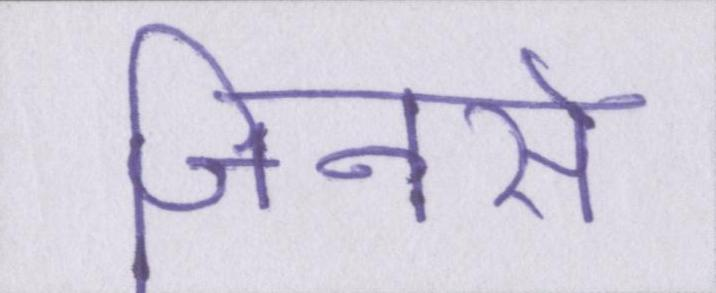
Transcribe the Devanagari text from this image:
जिनसे